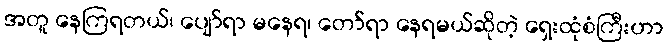
အတူ နေကြရတယ်၊ ပျော်ရာ မနေရ၊ တော်ရာ နေရမယ်ဆိုတဲ့ ရှေးထုံစံကြီးဟာ